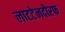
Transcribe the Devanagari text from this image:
लाटटेनदोरफ